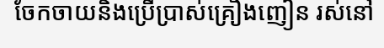
ចែកចាយនិងប្រើប្រាស់គ្រឿងញៀន រស់នៅ